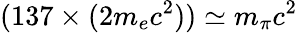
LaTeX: (137\times(2m_{e}c^{2}))\simeq m_{\pi}c^{2}